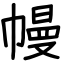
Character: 幔